Civil Veterinary Department. Madras. Admin. report 1910-25 - 1910-1925
Year: 1910
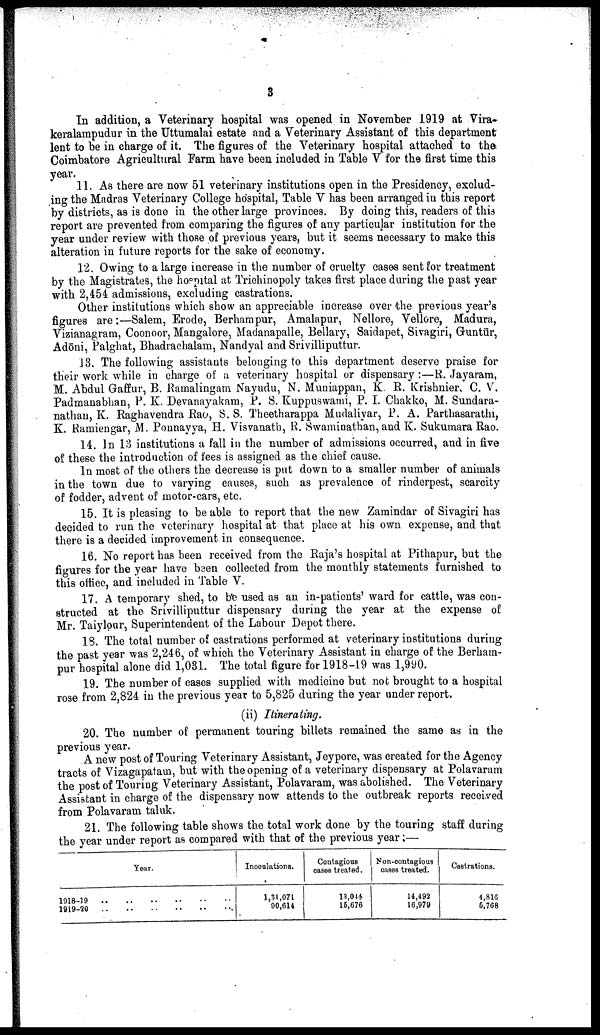
3
In addition, a Veterinary hospital was opened in November 1919 at Vira-
keralampudur in the Uttumalai estate and a Veterinary Assistant of this department
lent to be in charge of it. The figures of the Veterinary hospital attached to the
Coimbatore Agricultural Farm have been included in Table V for the first time this
year.
11. As there are now 51 veterinary institutions open in the Presidency, exclud
ing the Madras Veterinary College hospital, Table V has been arranged in this report
by districts, as is done in the other large provinces. By doing this, readers of this
report are prevented from comparing the figures of any particular institution for the
year under review with those of previous years, but it seems necessary to make this
alteration in future reports for the sake of economy.
12. Owing to a large increase in the number of cruelty cases sent for treatment
by the Magistrates, the hospital at Trichinopoly takes first place during the past year
with 2,454 admissions, excluding castrations.
Other institutions which show an appreciable increase over the previous year's
figures are:—Salem, Erode, Berhampur, Amalapur, Nellore, Vellore, Madura,
Vizianagram, Coonoor, Mangalore, Madanapalle, Bellary, Saidapet, Sivagiri, Guntūr,
Adōni, Palghat, Bhadrachalam, Nandyal and Srivilliputtur.
13. The following assistants belonging to this department deserve praise for
their work while in charge of a veterinary hospital or dispensary :—R. Jayaram,
M. Abdul Gaffur, B. Ramalingam Nayudu, N. Muniappan, K. R. Krishnier, C. V.
Padmanabhan, P. K. Devanayakam, P. S. Kuppuswami, P. I. Chakko, M. Sundara-
nathan, K. Raghavendra Rao, S. S. Theetharappa Mudaliyar, P. A. Parthasarathi,
K. Ramiengar, M. Ponnayya, H. Visvanath, R. Swaminathan, and K. Sukumara Rao.
14. In 13 institutions a fall in the number of admissions occurred, and in five
of these the introduction of fees is assigned as the chief cause.
In most of the others the decrease is put down to a smaller number of animals
in the town due to varying causes, such as prevalence of rinderpest, scarcity
of fodder, advent of motor-cars, etc.
15. It is pleasing to be able to report that the new Zamindar of Sivagiri has
decided to run the veterinary hospital at that place at his own expense, and that
there is a decided improvement in consequence.
16. No report has been received from the Raja's hospital at Pithapur, but the
figures for the year have been collected from the monthly statements furnished to
this office, and included in Table V.
17. A temporary shed, to be used as an in-patients' ward for cattle, was con
structed at the Srivilliputtur dispensary during the year at the expense of
Mr. Taiylour, Superintendent of the Labour Depot there.
13. The total number of castrations performed at veterinary institutions during
the past year was 2,246, of which the Veterinary Assistant in charge of the Berham
pur hospital alone did 1,031. The total figure for 1918-19 was 1,990.
19. The number of cases supplied with medicine but not brought to a hospital
rose from 2,824 in the previous year to 5,825 during the year under report.
(ii) Itinerating.
20. The number of permanent touring billets remained the same as in the
previous year.
A new post of Touring Veterinary Assistant, Jeypore, was created for the Agency
tracts of Vizagapatam, but with the opening of a veterinary dispensary at Polavaram
the post of Touring Veterinary Assistant, Polavaram, was abolished. The Veterinary
Assistant in charge of the dispensary now attends to the outbreak reports received
from Polavaram taluk.
21. The following table shows the total work done by the touring staff during
the year under report as compared with that of the previous year:—
Year.
1918-19 .. .. .. .. ..
1919-20 .. .. .. .. ..
Inoculations.
1,31,071
90,614
Contagious
cases treated.
13,044
15,676
Non-contagious
cases treated.
14,492
16,979
Castrations.
4,816
5,768